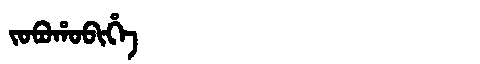
Manchu: ᠵᠣᠪᠣᡥᠣᠪᡳᡥᡝ
Romanization: JOBOHOBIHE